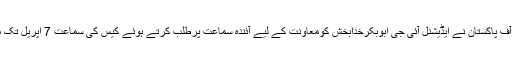
چیف جسٹس آف پاکستان نے ایڈیشنل آئی جی ابوبکرخدابخش کومعاونت کے لیے آئندہ سماعت پرطلب کرتے ہوئے کیس کی سماعت 7 اپریل تک ملتوی کردی۔